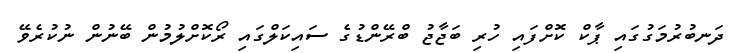
ދަނބުރުމަގުގައި ޕާކް ކޮށްފައި ހުރި ބަޖާޖު ބްރޭންޑުގެ ސައިކަލްގައި ރޯކޮށްލުމުން ބޭނުން ނުކުރެވޭ